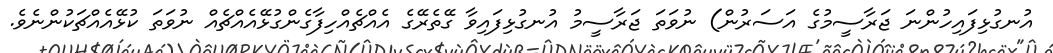
އުނގުޅިފައިހުންނަ ޖަރާސީމުގެ އަސަރުން) ނުވަތަ ޖަރާސީމު އުނގުޅިފައިވާ ގޭތެރޭގެ އެއްޗެއްހިފާގެންގުޅޭއެއްޗެއް ނުވަތަ ކުޅޭއެއްޗަކުންނެވެ.